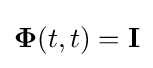
\mathbf {\Phi } (t,t)=\mathbf {I}